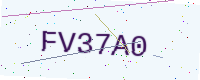
Text: FV37A0